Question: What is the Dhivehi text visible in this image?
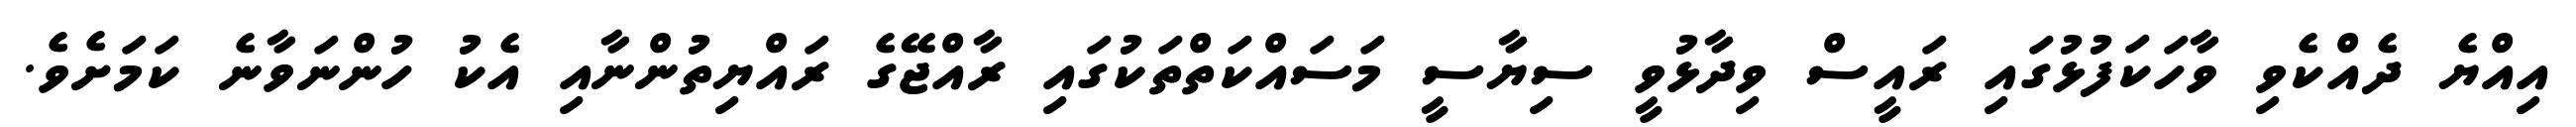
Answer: އިއްޔެ ދެއްކެވި ވާހަކަފުޅުގައި ރައީސް ވިދާޅުވީ ސިޔާސީ މަސައްކަތްތަކުގައި ރާއްޖޭގެ ރައްޔިތުންނާއި އެކު ހުންނަވާނެ ކަމަށެވެ.